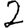
Digit: 2